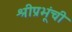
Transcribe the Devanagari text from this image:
श्रीप्रभूंची